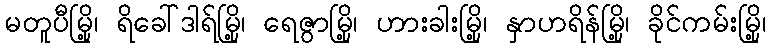
မတူပီမြို့၊ ရိခေါ်ဒါရ်မြို့၊ ရေဇွာမြို့၊ ဟားခါးမြို့၊ နှာဟရိန်မြို့၊ ခိုင်ကမ်းမြို့၊